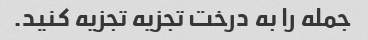
جمله را به درخت تجزیه تجزیه کنید.